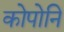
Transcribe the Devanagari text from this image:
कोपोनि